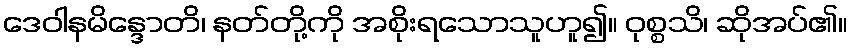
ဒေဝါနမိန္ဒောတိ၊ နတ်တို့ကို အစိုးရသောသူဟူ၍။ ဝုစ္စသိ၊ ဆိုအပ်၏။